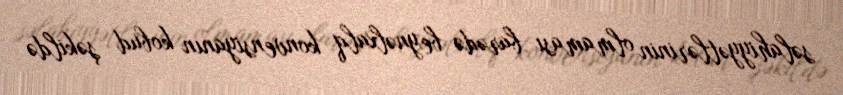
səlahiyyətlərinin olmaması barədə beynəlxalq konvensiyanın kobud şəkildə